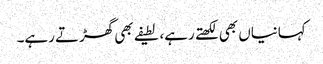
کہانیاں بھی لکھتے رہے، لطیفے بھی گھڑتے رہے۔